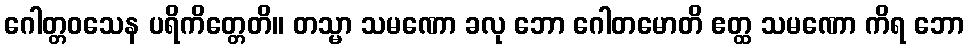
ဂေါတ္တဝသေန ပရိကိတ္တေတိ။ တသ္မာ သမဏော ခလု ဘော ဂေါတမောတိ ဧတ္ထ သမဏော ကိရ ဘော